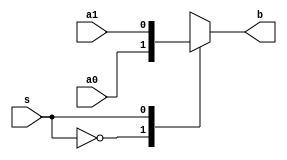
module Mux2b(a1, a0, s, b);
  parameter n = 1; // width

  input [n-1:0] a1, a0;
  input s;
  output reg [n-1:0] b;

  // always block for choosing output based on select
  always @(*) begin
    case (s)
      1'b0: b = a0;
      1'b1: b = a1;
      default: b = {n{1'bx}};
    endcase
  end
endmodule